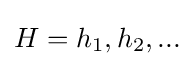
H={h_{1},h_{2},...}